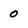
Character: 0